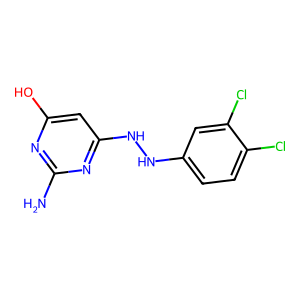
SMILES: Nc1nc(O)cc(NNc2ccc(Cl)c(Cl)c2)n1
Inhibits HIV replication: No